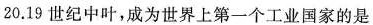
20.19世纪中叶，成为世界上第一个工业国家的是